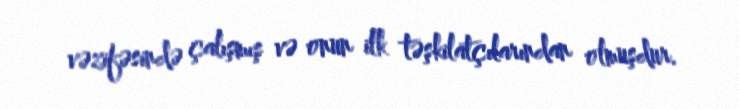
vəzifəsində çalışmış və onun ilk təşkilatçılarından olmuşdur.